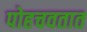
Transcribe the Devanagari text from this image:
पोहचवतात